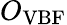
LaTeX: O_{\mathrm{VBF}}